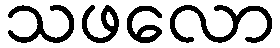
သဖလော